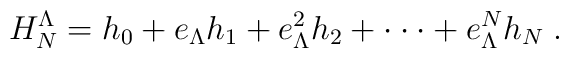
H^\Lambda_N=h_0 + e_\Lambda h_1 +e_\Lambda^2 h_2 +\cdot\cdot\cdot + e_\Lambda^N h_N \;.